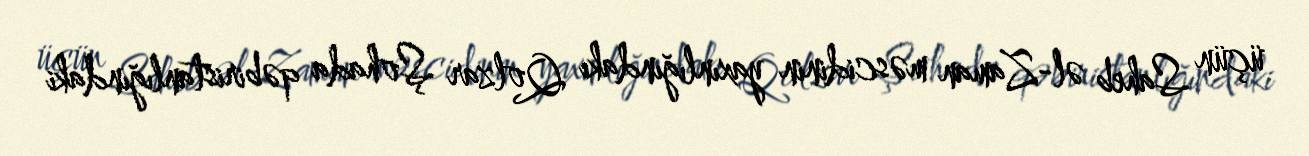
üçün Saheb əl-Zaman məscidinin yaxınlığındakı Qolzar Şohada qəbiristanlığındaki